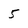
Character: 5